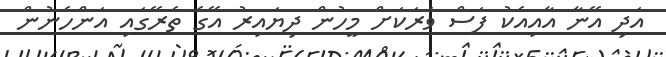
އަދި އޭނާ އާއިއެކު ފަސް ވަރަކަށް މީހުން ދިޔައިރު އޭގެ ތެރޭގައި އަންހެނުން